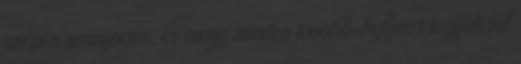
szépen sunnyogás, és megy minden tovább Azért tegyük fel